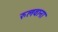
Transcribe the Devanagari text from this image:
रुलवाना